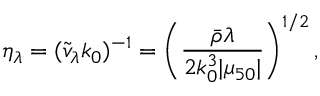
\eta _ { \lambda } = ( \tilde { v } _ { \lambda } k _ { 0 } ) ^ { - 1 } = \left( \frac { { \bar { \rho } } \lambda } { 2 k _ { 0 } ^ { 3 } | \mu _ { 5 0 } | } \right) ^ { 1 / 2 } ,